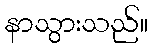
နာသွားသည်။